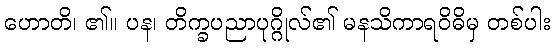
ဟောတိ၊ ၏။ ပန၊ တိက္ခပညာပုဂ္ဂိုလ်၏ မနသိကာရဝိဓိမှ တစ်ပါး